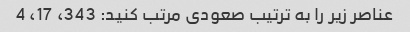
عناصر زیر را به ترتیب صعودی مرتب کنید: 343، 17، 4